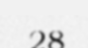
28